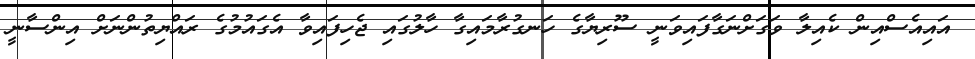
އައިއެސްއިން ކެއިލާ ވަގަށްނަގާފައިވަނީ ސޫރިޔާގެ ހަނގުރާމައިގާ ހާލުގައި ޖެހިފައިވާ އެގައުމުގެ ރައްޔިތުންނަށް އިންސާނީ